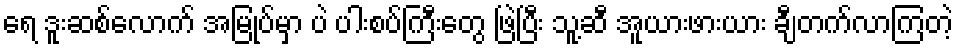
ရေ ဒူးဆစ်လောက် အမြုပ်မှာ ပဲ ပါးစပ်ကြီးတွေ ဖြဲပြီး သူ့ဆီ အူယားဖားယား ချီတက်လာကြတဲ့